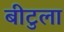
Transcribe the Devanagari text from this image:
बीटुला